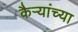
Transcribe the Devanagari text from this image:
कैऱ्यांच्या